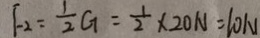
F _ { 2 } = \frac { 1 } { 2 } G = \frac { 1 } { 2 } \times 2 0 N = 1 0 N